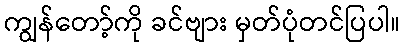
ကျွန်တော့်ကို ခင်ဗျား မှတ်ပုံတင်ပြပါ။